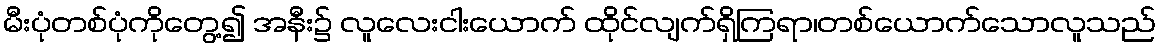
မီးပုံတစ်ပုံကိုတွေ့၍ အနီး၌ လူလေးငါးယောက် ထိုင်လျက်ရှိကြရာ၊တစ်ယောက်သောလူသည်